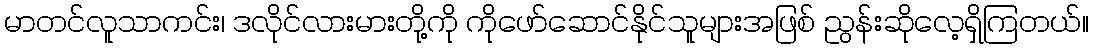
မာတင်လူသာကင်း၊ ဒလိုင်လားမားတို့ကို ကိုဖော်ဆောင်နိုင်သူများအဖြစ် ညွန်းဆိုလေ့ရှိကြတယ်။